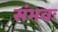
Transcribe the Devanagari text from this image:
संभवः